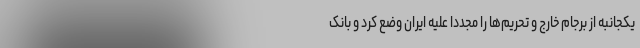
یکجانبه از برجام خارج و تحریم‌ها را مجدداً علیه ایران وضع کرد و بانک